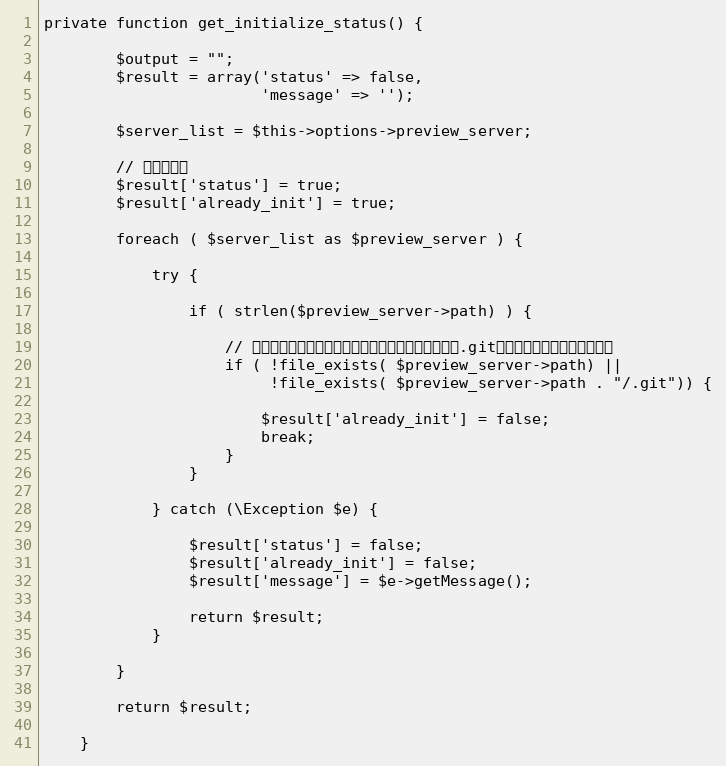
Language: PHP
private function get_initialize_status() {

		$output = "";
		$result = array('status' => false,
						'message' => '');

		$server_list = $this->options->preview_server;

		// 初期値設定
		$result['status'] = true;
		$result['already_init'] = true;

		foreach ( $server_list as $preview_server ) {

			try {

				if ( strlen($preview_server->path) ) {

					// デプロイ先のディレクトリが存在しない、または「.git」フォルダが存在しない場合
					if ( !file_exists( $preview_server->path) ||
						 !file_exists( $preview_server->path . "/.git")) {

						$result['already_init'] = false;
						break;
					}
				}

			} catch (\Exception $e) {

				$result['status'] = false;
				$result['already_init'] = false;
				$result['message'] = $e->getMessage();

				return $result;
			}

		}

		return $result;

	}